Lunatic asylums Madras 1877-1891 - 1877-1891
Year: 1877
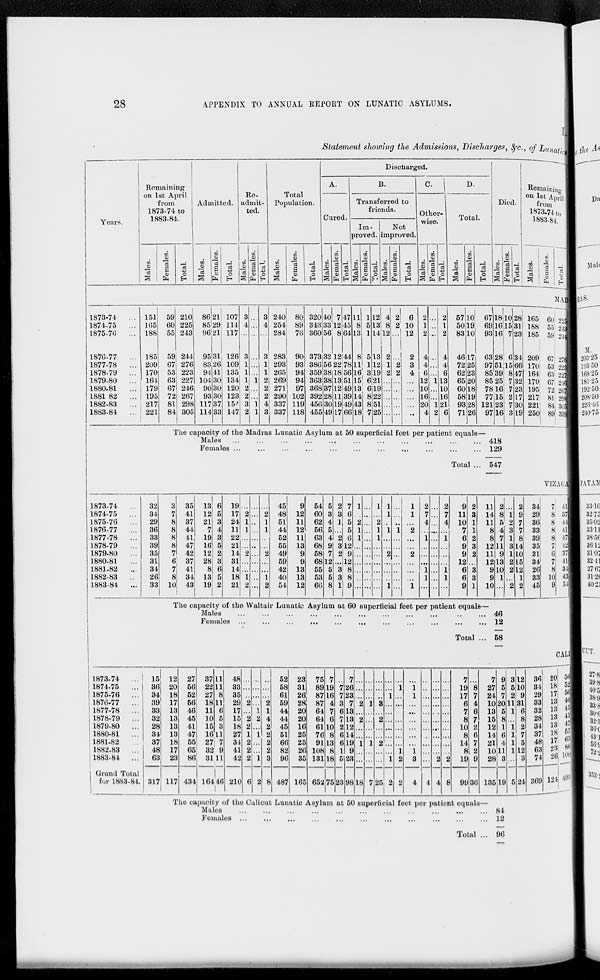
28
APPENDIX TO ANNUAL REPORT ON LUNATIC ASYLUMS.
I.
Statement showing the Admissions, Discharges, &c., of Lunatic
Years.
Remaining
on 1st April
from
1873-74 to
1883-84.
Males.
Females.
Total.
Admitted.
Males.
Females.
Total.
Re-
admit-
ted.
Males.
Females.
Total.
Total
Population.
Males.
Females.
Total.
Discharged.
A.
Cured.
Males.
Females.
Total.
B.
Transferred to
friends.
Im-
proved.
Males.
Females.
Total.
Not
improved.
Males.
Females.
Total.
C.
Other-
wise.
Males.
Females.
Total.
D.
Total.
Males.
Females.
Total.
Died.
Males.
Females.
Total.
Remaining
on 1st April
from
1873-74 to
1883-84.
Males.
Females.
Total.
MAD
1873-74 ...
1874-75 ...
1875-76
...
1876-77
...
1877-78
...
1878-79 ...
1879-80 ...
1880-81 ...
1881-82
...
1882-83 ...
1883-84
...
151
165
188
185
209
170
164
179
195
217
221
59
60
55
59
67
53
63
67
72
81
84
210
225
243
244
276
223
227
246
267
298
305
86
85
96
95
83
94
104
90
93
117
114
21
29
21
31
26
41
30
30
30
37
33
107
114
117
126
109
135
134
120
123
154
147
3
4
...
3
1
1
1
2
2
3
2
...
...
...
...
...
...
1
...
...
1
1
3
4
...
3
1
1
2
2
2
4
3
240
254
284
283
293
265
269
271
290
337
337
80
89
76
90
93
94
94
97
102
119
118
320
343
360
373
386
359
363
368
392
456
455
40
33
56
32
56
38
38
37
28
30
49
7
12
8
12
22
18
13
12
11
19
17
47
45
64
44
78
56
51
49
39
48
66
11
8
13
8
11
16
15
13
14
43
18
1
5
1
5
1
3
6
6
8
8
7
12
13
14
13
12
19
21
19
22
51
25
4
8
12
2
1
2
...
...
...
...
...
2
2
...
...
2
2
...
...
...
...
...
6
10
12
2
3
4
...
...
...
...
...
2
1
2
4
4
6
12
10
16
20
4
...
...
...
...
...
...
1
...
...
1
2
2
1
2
4
4
6
13
10
16
21
6
57
50
83
46
72
62
65
60
58
93
71
10
19
10
17
25
23
20
18
19
28
26
67
69
93
63
97
85
85
78
77
121
91
18
16
16
28
51
39
25
16
15
23
16
10
15
7
6
15
8
7
7
2
7
3
28
31
23
34
66
47
32
23
17
30
19
165
188
185
209
170
164
179
195
217
221
250
60
55
59
67
53
63
67
72
81
84
89
225
245
244
276
223
227
246
267
298
305
339
The capacity of the Madras Lunatic Asylum at 50 superficial feet per patient equals—
Males ...
...
...
...
... ... ... ... ... ... ...
Females ... ... ... ... ... ... ... ... ... ... ... ...
Total ...
418
129
547
VIZAGA
1873-74
...
1874-75 ...
1875-76
...
1876-77
...
1877-78
...
1878-79
...
1879-80
1880-81 ...
1881-82
...
1882-83
1883-84 ...
32
34
29
36
33
39
35
31
34
26
33
3
7
8
8
8
8
7
6
7
8
10
35
41
37
44
41
47
42
37
41
34
43
13
12
21
7
19
16
12
28
8
13
19
6
5
3
4
3
5
2
3
6
5
2
19
17
24
11
22
21
14
31
14
18
21
...
2
1
1
...
...
2
...
...
1
2
...
...
...
...
...
...
...
...
...
...
...
...
2
1
1
...
...
2
...
...
1
2
45
48
51
44
52
55
49
59
42
40
54
9
12
11
12
11
13
9
9
13
13
12
54
60
62
56
63
68
58
68
55
53
66
5
3
4
5
4
9
7
12
5
5
8
2
3
1
...
2
3
2
...
3
3
1
7
6
5
5
6
12
9
12
8
8
9
1
...
2
1
1
...
...
...
...
...
...
...
...
...
...
...
...
...
...
...
...
...
1
...
2
1
1
...
...
...
...
...
...
1
1
...
1
...
...
2
...
...
...
1
...
...
...
1
...
...
...
...
...
...
...
1
1
...
2
...
...
2
...
...
...
1
2
7
4
...
1
...
...
...
1
1
...
...
...
...
...
...
...
...
...
...
...
...
2
7
4
...
1
...
...
...
1
1
...
9
11
10
7
6
9
9
12
6
6
9
2
3
1
1
2
3
2
...
3
3
1
11
14
11
8
8
12
11
12
9
9
10
2
8
5
4
7
11
9
13
10
1
...
...
1
2
3
1
3
1
2
2
...
2
2
9
7
7
8
14
10
15
12
1
2
34
29
36
33
39
35
31
34
26
33
45
7
8
8
8
8
7
6
7
8
10
9
41
37
44
41
47
42
37
41
34
43
54
The capacity of the Waltair Lunatic Asylum at 60 superficial feet per patient equals—
Males ... ... ... ... ... ... ... ... ... ... ...
Females ... ... ... ... ... ... ... ... ... ... ...
Total ...
46
12
58
CALI
1873-74 ...
1874-75 ...
1875-76 ...
1876-77
...
1877-78 ...
1878-79
...
1879-80
...
1880-81 ...
1881-82 ...
1882-83 ...
1883-84 ...
Grand Total
for 1883-84.
15
36
34
39
33
32
28
34
37
48
63
317
12
20
18
17
13
13
13
13
18
17
23
117
27
56
52
56
46
45
41
47
55
65
86
434
37
22
27
18
11
10
15
16
27
32
31
164
11
11
8
11
6
5
3
11
7
9
11
46
48
33
35
29
17
15
18
27
34
41
42
210
...
...
...
2
...
2
2
1
2
2
2
6
...
...
...
...
1
2
...
1
...
...
1
2
...
...
...
2
1
4
2
2
2
2
3
8
52
58
61
59
44
44
45
51
66
82
96
487
23
31
26
28
20
20
16
25
25
26
35
165
75
89
87
87
64
64
61
76
91
108
131
652
7
19
16
4
7
6
10
8
13
8
18
75
...
7
7
3
6
7
2
6
6
1
5
23
7
26
23
7
13
13
12
14
19
9
23
98
...
...
...
2
...
2
...
...
1
...
...
18
...
...
...
1
...
...
...
...
1
...
...
7
...
...
...
3
...
2
...
...
2
...
...
25
...
...
1
...
...
...
...
...
...
...
1
2
...
1
...
...
...
...
...
...
...
1
2
2
...
1
1
...
...
...
...
...
...
1
3
4
...
...
...
...
...
...
...
...
...
...
...
4
...
...
...
...
...
...
...
...
...
...
2
4
...
...
...
...
...
...
...
...
...
...
2
8
7
19
17
6
7
8
10
8
14
8
19
99
...
8
7
4
6
7
2
6
7
2
9
36
7
27
24
10
13
15
12
14
21
10
28
135
9
5
7
20
5
8
1
6
4
11
8
19
3
5
2
11
1
...
1
1
1
1
...
5
12
10
9
31
6
8
2
7
5
12
8
24
36
34
29
33
32
28
34
37
48
63
74
369
20
18
17
13
13
13
13
18
17
23
26
124
56
52
56
46
45
41
47
55
65
86
100
493
The capacity of the Calicut Lunatic Asylum at 50 superficial feet per patient equals—
Males ... ... ... ... ... ... ... ... ... ... ...
Females ... ... ... ... ... ... ... ... ... ... ...
Total ...
84
12
96